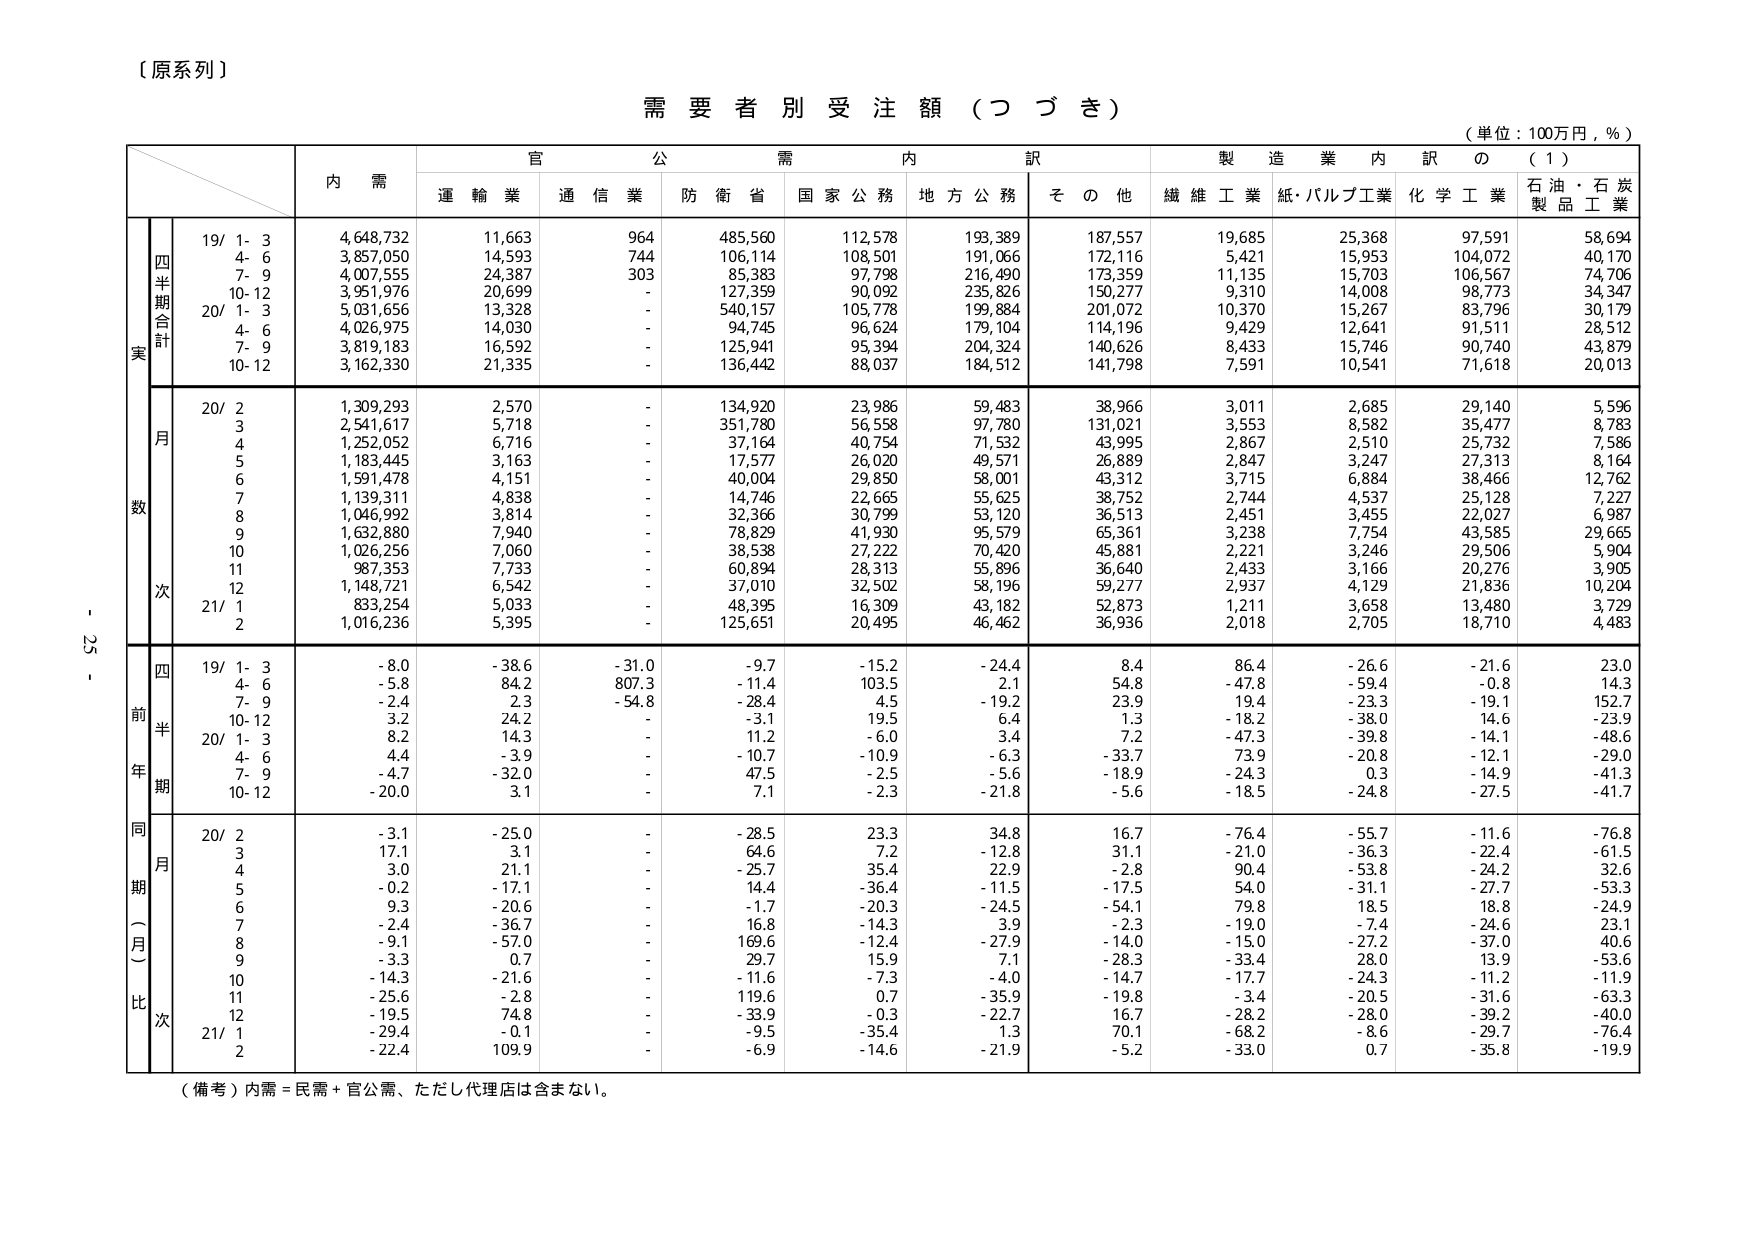
【原系列】

需要者別受注額（つづき）

（単位：100万円，％）

内需 官公需内訳 製造業内訳の（1）
運輸業 通信業 防衛省 国家公務 地方公務 その他 繊維工業 紙・パルプ工業 化学工業 石油・石炭製品工業

四半期合計
実
19/ 1-3 4,648,732 11,663 964 485,560 112,578 193,389 187,557 19,685 25,368 97,591 58,694
4-6 3,857,050 14,593 744 106,114 108,501 191,066 172,116 5,421 15,953 104,072 40,170
7-9 4,007,555 24,387 303 85,383 97,798 216,490 173,359 11,135 15,703 106,567 74,706
10-12 3,951,976 20,699 - 127,359 90,092 235,826 150,277 9,310 14,008 98,773 34,347
20/ 1-3 5,031,656 13,328 - 540,157 105,778 199,884 201,072 10,370 15,267 83,796 30,179
4-6 4,026,975 14,030 - 94,745 96,624 179,104 114,196 9,429 12,641 91,511 28,512
7-9 3,819,183 16,592 - 125,941 95,394 204,324 140,626 8,433 15,746 90,740 43,879
10-12 3,162,330 21,335 - 136,442 88,037 184,512 141,798 7,591 10,541 71,618 20,013

月数
20/ 2 1,309,293 2,570 - 134,920 23,986 59,483 38,966 3,011 2,685 29,140 5,596
3 2,541,617 5,718 - 351,780 56,558 97,780 131,021 3,553 8,582 35,477 8,783
4 1,252,052 6,716 - 37,164 40,754 71,532 43,995 2,867 2,510 25,732 7,586
5 1,183,445 3,163 - 17,577 26,020 49,571 26,889 2,847 3,247 27,313 8,164
6 1,591,478 4,151 - 40,004 29,850 58,001 43,312 3,715 6,884 38,466 12,762
7 1,139,311 4,838 - 14,746 22,665 55,625 38,752 2,744 4,537 25,128 7,227
8 1,046,992 3,814 - 32,366 30,799 53,120 36,513 2,451 3,455 22,027 6,987
9 1,632,880 7,940 - 78,829 41,930 95,579 65,361 3,238 7,754 43,585 29,665
10 1,026,256 7,060 - 38,538 27,222 70,420 45,881 2,221 3,246 29,506 5,904
11 987,353 7,733 - 60,894 28,313 55,896 36,640 2,433 3,166 20,276 3,905
12 1,148,721 6,542 - 37,010 32,502 58,196 59,277 2,937 4,129 21,836 10,204
21/ 1 833,254 5,033 - 48,395 16,309 43,182 52,873 1,211 3,658 13,480 3,729
2 1,016,236 5,395 - 125,651 20,495 46,462 36,936 2,018 2,705 18,710 4,483

四前年期
19/ 1-3 -8.0 -38.6 -31.0 -9.7 -15.2 -24.4 8.4 86.4 -26.6 -21.6 23.0
4-6 -5.8 84.2 807.3 -11.4 103.5 2.1 54.8 -47.8 -59.4 -0.8 14.3
7-9 -2.4 2.3 -54.8 -28.4 4.5 -19.2 23.9 19.4 -23.3 -19.1 152.7
10-12 3.2 24.2 - -3.1 19.5 6.4 1.3 -18.2 -38.0 14.6 -23.9
20/ 1-3 8.2 14.3 - 11.2 -6.0 3.4 7.2 -47.3 -39.8 -14.1 -48.6
4-6 4.4 -3.9 - -10.7 -10.9 -6.3 -33.7 73.9 -20.8 -12.1 -29.0
7-9 -4.7 -32.0 - 47.5 -2.5 -5.6 -18.9 -24.3 0.3 -14.9 -41.3
10-12 -20.0 3.1 - 7.1 -2.3 -21.8 -5.6 -18.5 -24.8 -27.5 -41.7

同期（月）比次
20/ 2 -3.1 -25.0 - -28.5 23.3 34.8 16.7 -76.4 -55.7 -11.6 -76.8
3 17.1 3.1 - 64.6 7.2 -12.8 31.1 -21.0 -36.3 -22.4 -61.5
4 3.0 21.1 - -25.7 35.4 22.9 -2.8 90.4 -53.8 -24.2 32.6
5 -0.2 -17.1 - 14.4 -36.4 -11.5 -17.5 54.0 -31.1 -27.7 -53.3
6 9.3 -20.6 - -1.7 -20.3 -24.5 54.1 79.8 18.5 18.8 -24.9
7 -2.4 -36.7 - 16.8 -14.3 3.9 -2.3 -19.0 -7.4 -24.6 23.1
8 -9.1 -57.0 - 169.6 -12.4 -27.9 -14.0 -15.0 -27.2 -37.0 40.6
9 -3.3 0.7 - 29.7 15.9 7.1 -28.3 -33.4 28.0 13.9 -53.6
10 -14.3 -21.6 - -11.6 -7.3 -4.0 -14.7 -17.7 -24.3 -11.2 -11.9
11 -25.6 -2.8 - 119.6 0.7 -35.9 -19.8 -3.4 -20.5 -31.6 -63.3
12 -19.5 74.8 - -33.9 -0.3 -22.7 16.7 -28.2 -28.0 -39.2 -40.0
21/ 1 -29.4 -0.1 - -9.5 -35.4 1.3 70.1 -68.2 -8.6 -29.7 -76.4
2 -22.4 109.9 - -6.9 -14.6 -21.9 -5.2 -33.0 0.7 -35.8 -19.9

（備考）内需＝民需＋官公需、ただし代理店は含まない。